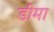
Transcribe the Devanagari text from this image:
डीमा